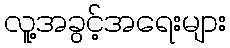
လူ့အခွင့်အရေးများ